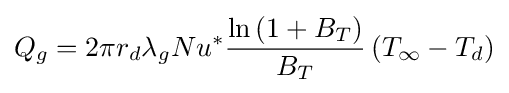
Q_{g}=2\pi r_{d}\lambda _{g}Nu^{*}{\frac {\ln \left(1+B_{T}\right)}{B_{T}}}\left(T_{\infty }-T_{d}\right)